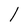
Character: I